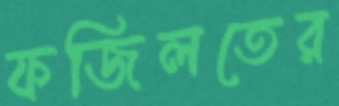
ফজিলতের